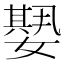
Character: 𡢁